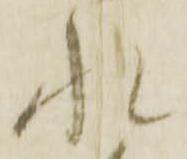
れ